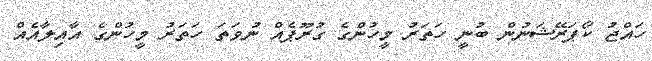
ހައްޖު ކޯޕަރޭޝަނުން ބުނީ ހަތަރު މީހުންގެ ގުރޫޕެއް ނުވަތަ ހަތަރު މީހުންގެ އާއިލާއެއް